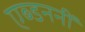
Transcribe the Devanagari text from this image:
एब्डननीं